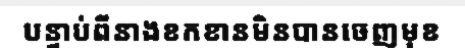
បន្ទាប់ពីនាងខកខានមិនបានចេញមុខ